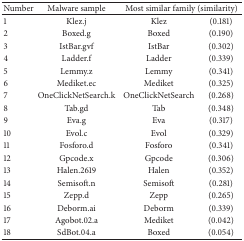
| Number | Malware sample | <COLSPAN=2> Most similar family (similarity) |
 | --- | --- | --- | --- |
 | 1 | Klez.j | Klez | (0.181) |
 | 2 | Boxed.g | Boxed | (0.190) |
 | 3 | IstBar.gvf | IstBar | (0.302) |
 | 4 | Ladder.f | Ladder | (0.339) |
 | 5 | Lemmy.z | Lemmy | (0.341) |
 | 6 | Mediket.ec | Mediket | (0.325) |
 | 7 | OneClickNetSearch.k | OneClickNetSearch | (0.268) |
 | 8 | Tab.gd | Tab | (0.348) |
 | 9 | Eva.g | Eva | (0.317) |
 | 10 | Evol.c | Evol | (0.329) |
 | 11 | Fosforo.d | Fosforo | (0.341) |
 | 12 | Gpcode.x | Gpcode | (0.306) |
 | 13 | Halen.2619 | Halen | (0.352) |
 | 14 | Semisoft.n | Semisoft | (0.281) |
 | 15 | Zepp.d | Zepp | (0.265) |
 | 16 | Deborm.ai | Deborm | (0.339) |
 | 17 | Agobot.02.a | Mediket | (0.042) |
 | 18 | SdBot.04.a | Boxed | (0.054) |